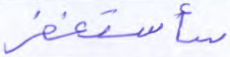
سأستغفر